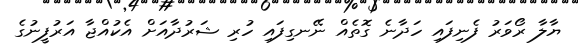
ޔާލާ ރޯވަރު ފެނިފައި ހަދާނެ ގޮތެއް ނޭނގިފައި ހުރި ޝަރުދާއަށް އެކުއްޖާ އަރުފީނުގެ